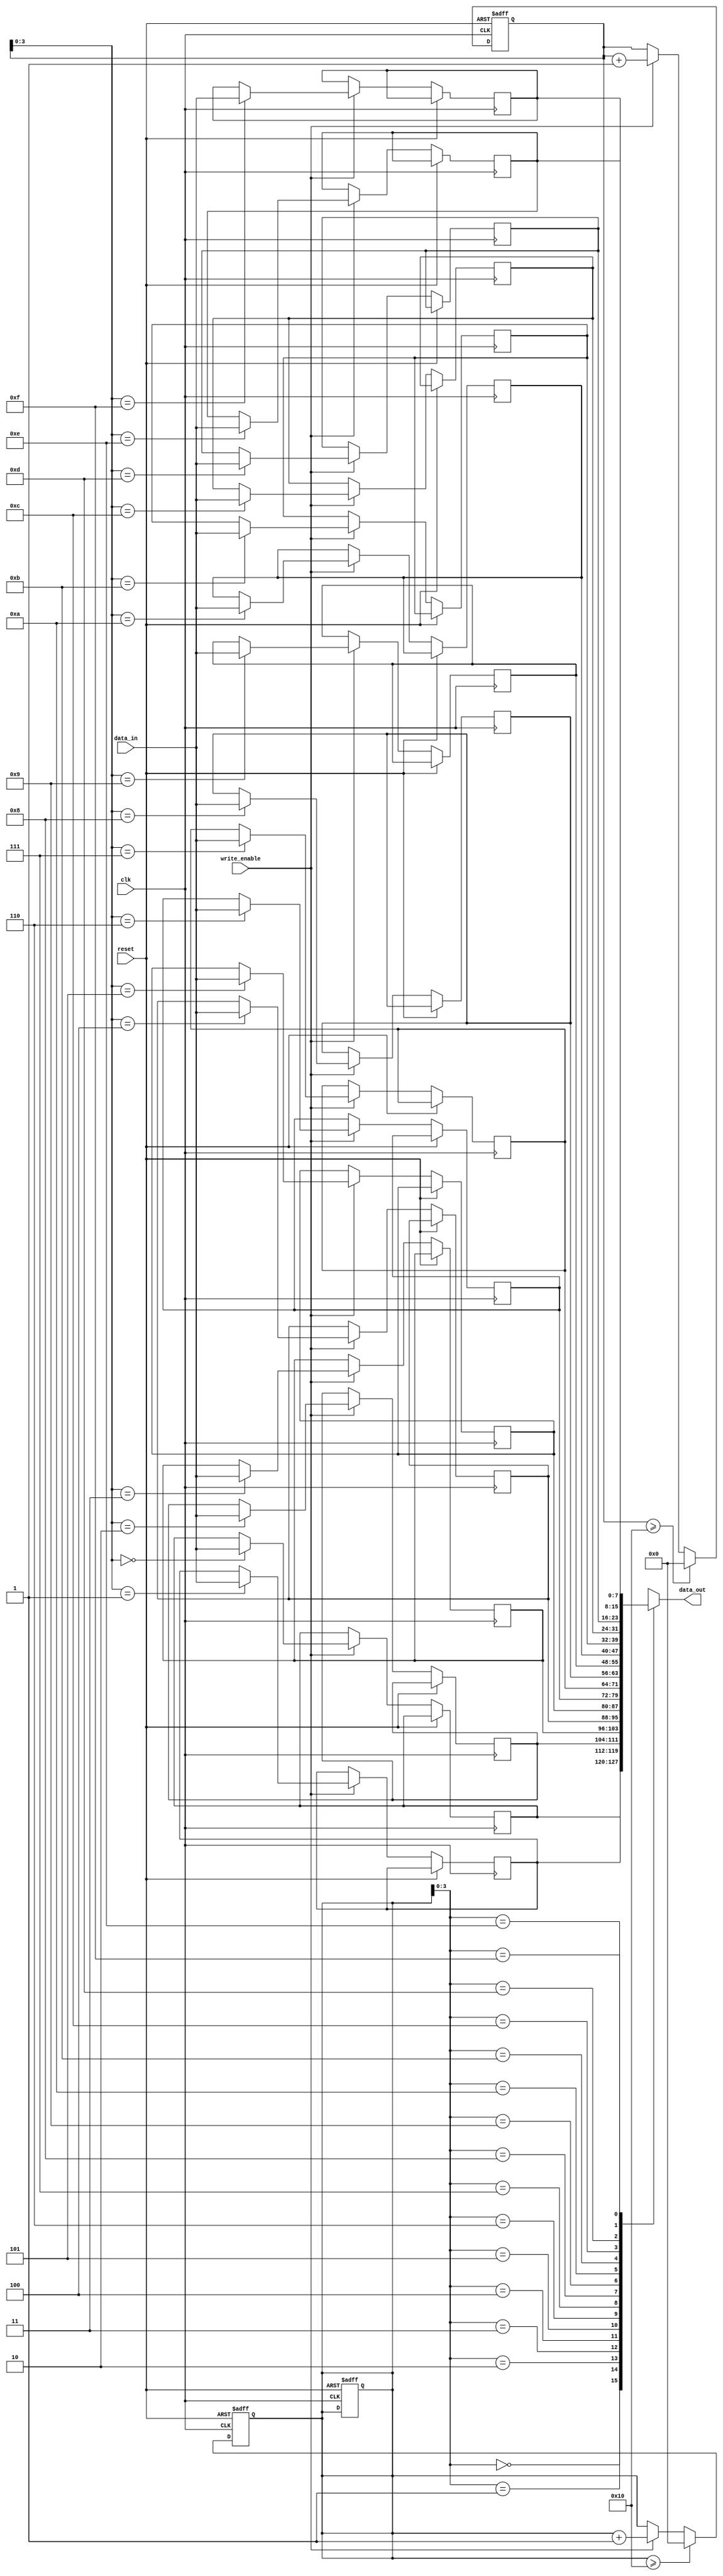
module LastWordFallThroughFIFO (
    input wire clk,
    input wire reset,
    input wire write_enable,
    input wire [DATA_WIDTH-1:0] data_in,
    output wire [DATA_WIDTH-1:0] data_out
);

parameter DEPTH = 16;
parameter DATA_WIDTH = 8;

reg [DATA_WIDTH-1:0] buffer [DEPTH-1:0];
reg [DEPTH-1:0] write_ptr, read_ptr;

always @(posedge clk or posedge reset) begin
    if (reset) begin
        write_ptr <= 0;
        read_ptr <= 0;
    end else begin
        if (write_enable) begin
            buffer[write_ptr] <= data_in;
            write_ptr <= write_ptr + 1;
        end
        if (write_ptr >= DEPTH) begin
            write_ptr <= 0;
        end
    end
end

always @(posedge clk or posedge reset) begin
    if (reset) begin
        read_ptr <= 0;
    end else begin
        if (write_enable) begin
            read_ptr <= read_ptr + 1;
        end
        if (read_ptr >= DEPTH) begin
            read_ptr <= 0;
        end
    end
end

assign data_out = buffer[read_ptr];

endmodule